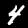
Digit: 4